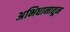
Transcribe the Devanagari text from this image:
अभिधानातून